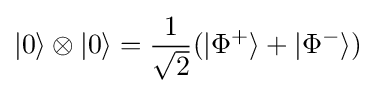
|0\rangle \otimes |0\rangle ={\frac {1}{\sqrt {2}}}(|\Phi ^{+}\rangle +|\Phi ^{-}\rangle )